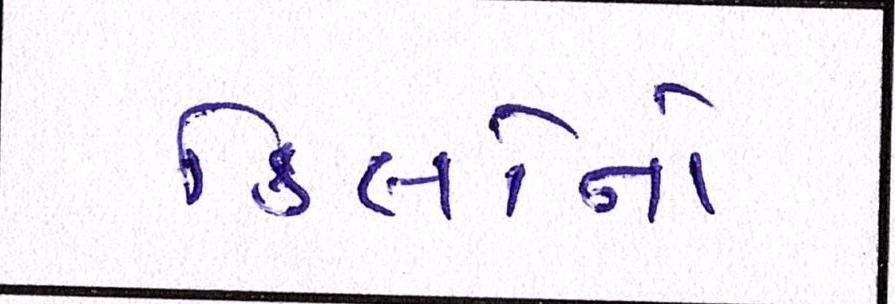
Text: કિલોનો